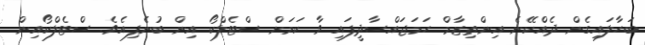
ބަހާލައިގެން ދެއްކޭނެ އިންތިޒާމް ހަމަޖައްސާދީފައި ވާ ކަމަށް ސްޓެލްކޯ އިން ބުނެފިއެވެ. ސްޓެލްކޯއިން